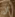
ان